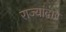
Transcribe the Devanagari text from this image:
राज्यांद्वारे